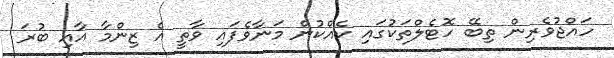
ހައްޖުވެރިން ތިބޭ ހޮޓެލްތަކުގައި ކެއްކުން މަނާވެފައި ވާތީ އެ ޒިންމާ އާއި ބުރަ